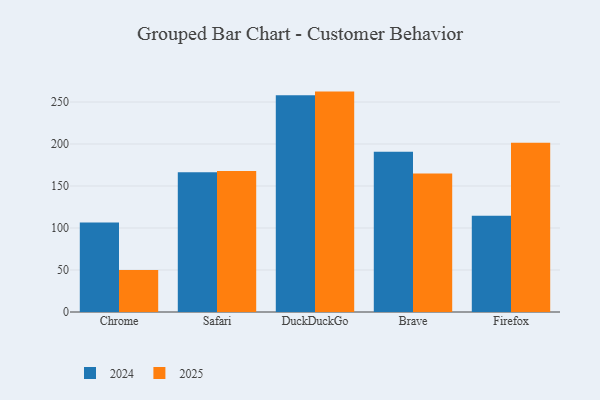
{"axis": {"x": "Browser", "y": "Waste Production (Tons)"}, "legend": ["2024", "2025"], "data": [{"x": "Chrome", "y": 106.7, "type": "2024"}, {"x": "Chrome", "y": 50.1, "type": "2025"}, {"x": "Safari", "y": 166.4, "type": "2024"}, {"x": "Safari", "y": 167.9, "type": "2025"}, {"x": "DuckDuckGo", "y": 258.2, "type": "2024"}, {"x": "DuckDuckGo", "y": 262.4, "type": "2025"}, {"x": "Brave", "y": 190.9, "type": "2024"}, {"x": "Brave", "y": 164.8, "type": "2025"}, {"x": "Firefox", "y": 114.7, "type": "2024"}, {"x": "Firefox", "y": 201.5, "type": "2025"}]}